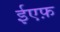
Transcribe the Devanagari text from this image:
ईएफ़